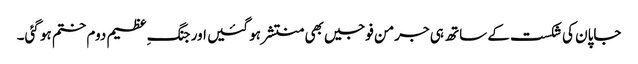
جاپان کی شکست کے ساتھ ہی جرمن فوجیں بھی منتشر ہو گئیں اور جنگ ِعظیم دوم ختم ہو گئی۔